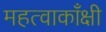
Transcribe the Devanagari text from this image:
महत्वाकाँक्षी